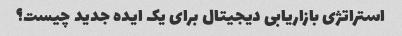
استراتژی بازاریابی دیجیتال برای یک ایده جدید چیست؟